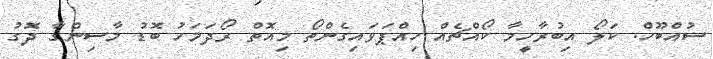
ސުއްބޫހް. ކަލޯ އިބުރާހީމާ ކޯއްޗެއް ހިއްޕަވައިގެންތޯ މިއޮތް ރޯދަމަހު ބޮޑު މާސިންގާ ދޮގު